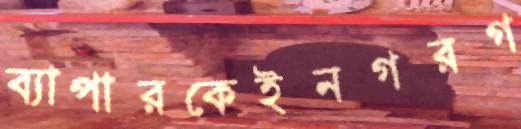
ব্যাপারকেইনগরগ